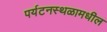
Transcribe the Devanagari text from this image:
पर्यटनस्थळामधील